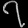
Digit: ၇